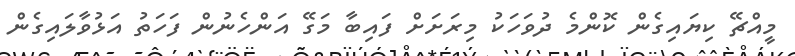
މީއްޗޭ ކިޔައިގެން ކޮންމެ ދުވަހަކު މިރަށަށް ފައިބާ މަގޭ އަންހެނުން ފަހަތު އަޅުވާލައިގެން